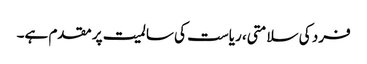
فرد کی سلامتی، ریاست کی سالمیت پر مقدم ہے۔